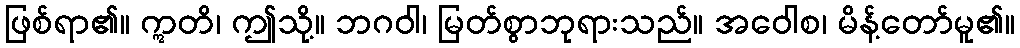
ဖြစ်ရာ၏။ ဣတိ၊ ဤသို့။ ဘဂဝါ၊ မြတ်စွာဘုရားသည်။ အဝေါစ၊ မိန့်တော်မူ၏။